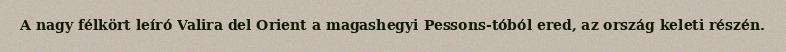
A nagy félkört leíró Valira del Orient a magashegyi Pessons-tóból ered, az ország keleti részén.